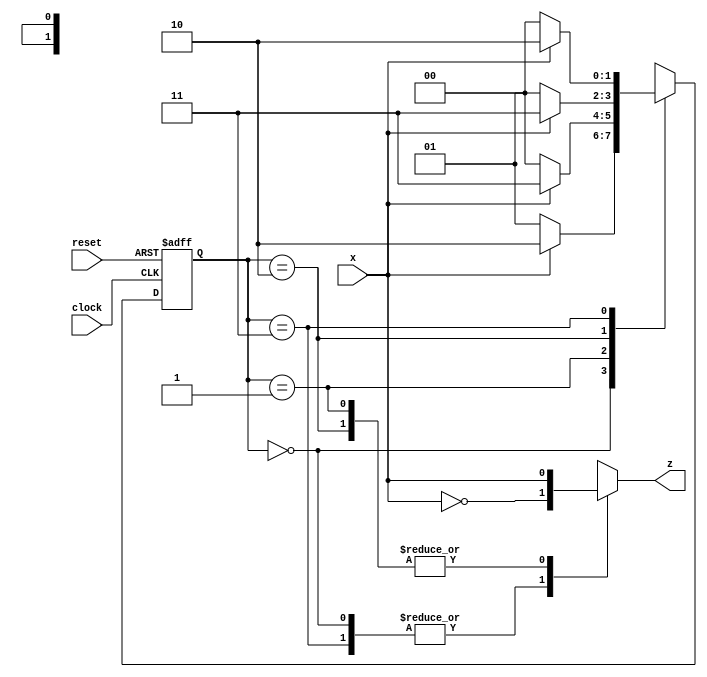
module Lab3_Mealy_state_diagram(output z, input x, clock, reset);

	reg [1:0] state, nextstate;
	parameter S0 = 2'b00, S1 = 2'b01, S2 = 2'b10, S3 = 2'b11;

	always @ (posedge clock, negedge reset) begin
		
		if(reset==0) state <= S0;
		else state <= nextstate;

	end

	always @ (state,x) begin
	
		case(state)
			S0:if(x==0) nextstate = S1;else nextstate = S2;
			S1:if(x==0) nextstate = S0;else nextstate = S3;
			S2:if(x==0) nextstate = S1;else nextstate = S3;
			S3:if(x==0) nextstate = S0;else nextstate = S2;
		endcase
	end

	reg tmp;
	assign z = tmp;

	always @ (state,x) begin

		case(state)
			S0,S3: tmp = ~x;
			S1,S2: tmp = x;
		endcase
	end



endmodule